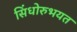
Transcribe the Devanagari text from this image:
सिंधोरुभयत